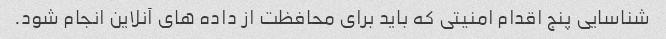
شناسایی پنج اقدام امنیتی که باید برای محافظت از داده های آنلاین انجام شود.